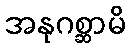
အနုဂစ္ဆာမိ